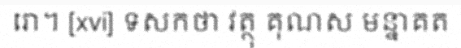
រោ។ [xvi] ទសកថា វត្ថុ គុណស មន្នាគត